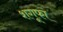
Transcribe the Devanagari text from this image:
शगूफा